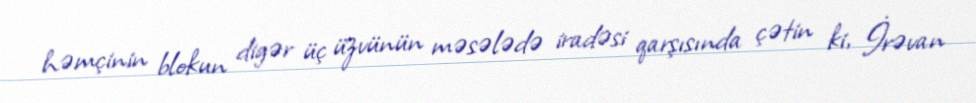
həmçinin blokun digər üç üzvünün məsələdə iradəsi qarşısında çətin ki, İrəvan